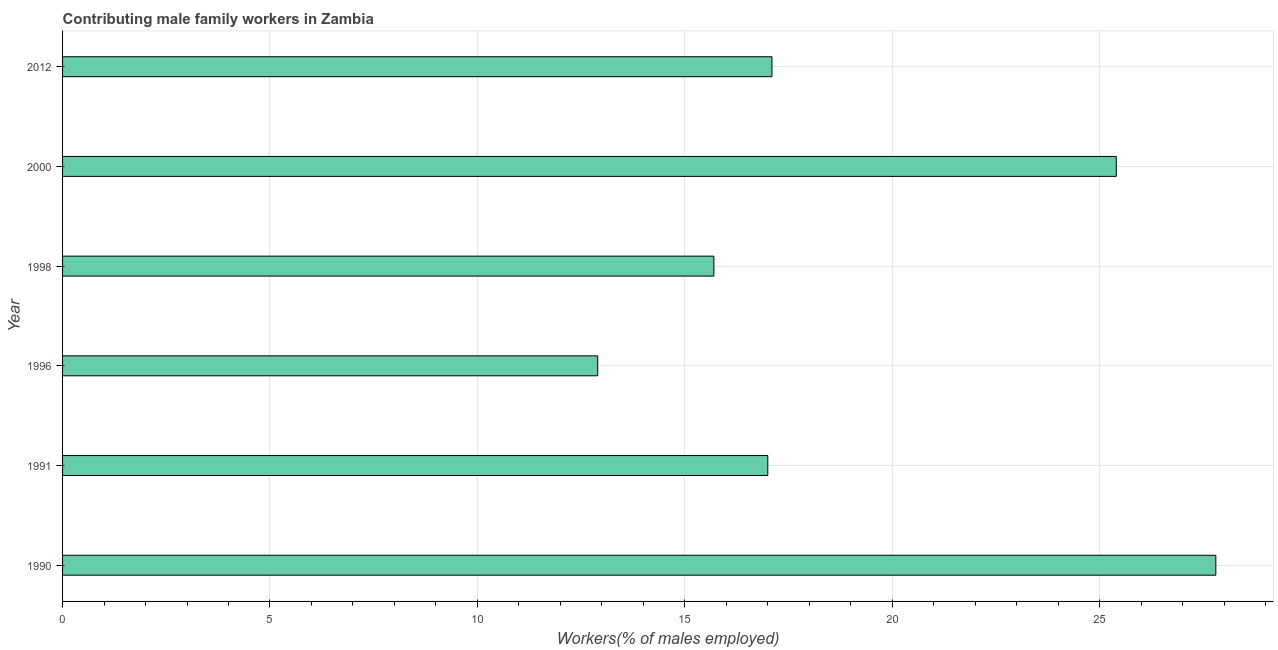
| Year | Contributing family workers |
 | --- | --- |
 | 1990 | 27.8 |
 | 1991 | 17 |
 | 1996 | 12.9 |
 | 1998 | 15.7 |
 | 2000 | 25.4 |
 | 2012 | 17.1 |